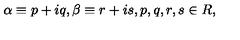
\alpha \equiv p + i q , \beta \equiv r + i s , p , q , r , s \in { \boldmath R } ,